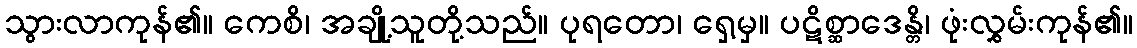
သွားလာကုန်၏။ ကေစိ၊ အချို့သူတို့သည်။ ပုရတော၊ ရှေ့မှ။ ပဋိစ္ဆာဒေန္တိ၊ ဖုံးလွှမ်းကုန်၏။